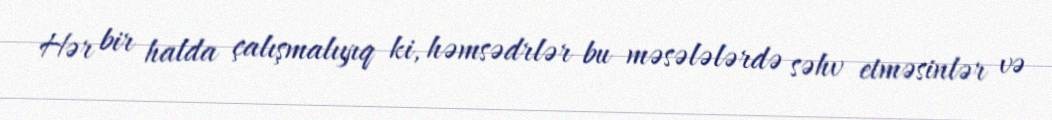
Hər bir halda çalışmalıyıq ki, həmsədrlər bu məsələlərdə səhv etməsinlər və